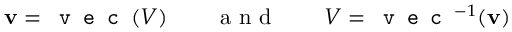
\mathbf { v } = \texttt { v e c } ( V ) \quad \quad \mathrm { ~ a ~ n ~ d ~ } \quad \quad V = \texttt { v e c } ^ { - 1 } ( \mathbf { v } )